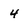
Character: 4